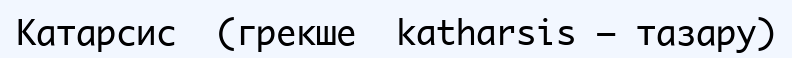
Катарсис  (грекше  katharsіs – тазару)